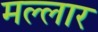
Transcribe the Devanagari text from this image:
मल्लार